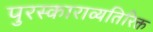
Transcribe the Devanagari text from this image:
पुरस्काराव्यतिरिक्त